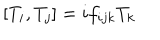
\left[ T _ { i } , T _ { j } \right] = i f _ { i j k } T _ { k }